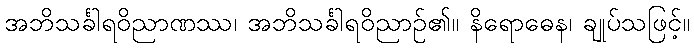
အဘိသင်္ခါရဝိညာဏဿ၊ အဘိသင်္ခါရဝိညာဉ်၏။ နိရောဓေန၊ ချုပ်သဖြင့်။